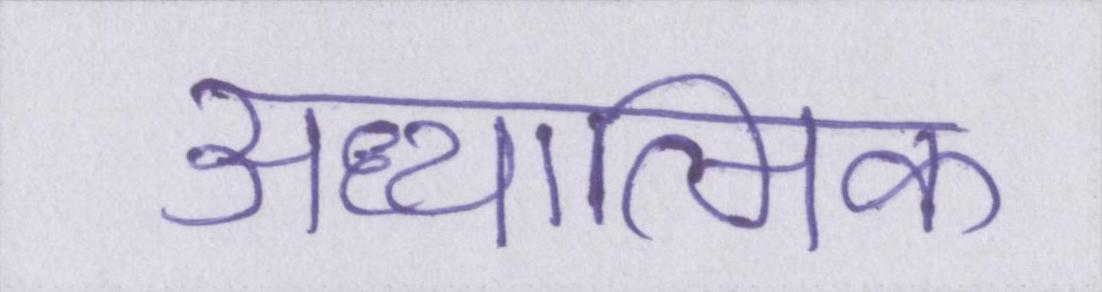
अध्यात्मिक